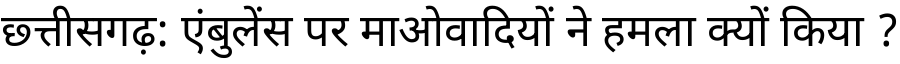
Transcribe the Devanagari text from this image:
छ्त्तीसगढ़: एंबुलेंस पर माओवादियों ने हमला क्यों किया ?